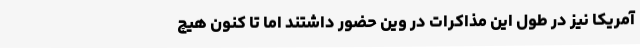
آمریکا نیز در طول این مذاکرات در وین حضور داشتند اما تا کنون هیچ